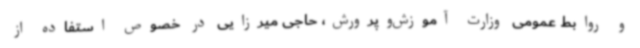
و روابط عمومی وزارت آموزش‌وپرورش، حاجی میرزایی در خصوص استفاده از